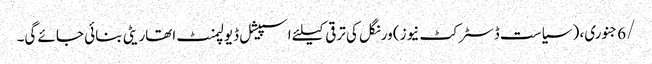
/6جنوری، ( سیاست ڈسٹرکٹ نیوز) ورنگل کی ترقی کیلئے اسپیشل ڈیولپمنٹ اتھاریٹی بنائی جائے گی۔